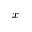
x